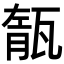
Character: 𤭨